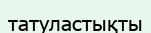
татуластықты